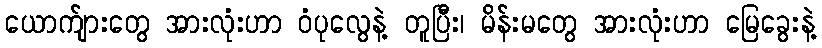
ယောက်ျားတွေ အားလုံးဟာ ဝံပုလွေနဲ့ တူပြီး၊ မိန်းမတွေ အားလုံးဟာ မြေခွေးနဲ့